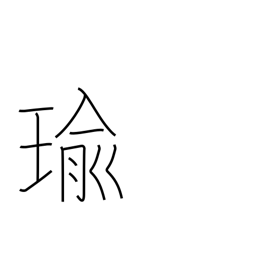
Meaning: jewel